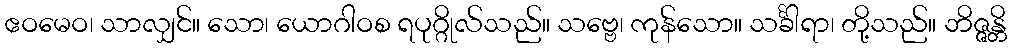
ဧဝမေဝ၊ သာလျှင်။ သော၊ ယောဂါဝစ ရပုဂ္ဂိုလ်သည်။ သဗ္ဗေ၊ ကုန်သော။ သင်္ခါရာ၊ တို့သည်။ ဘိဇ္ဇန္တိ